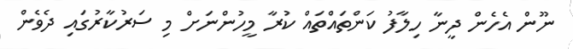
ނޫން އެހެން ދީނާ ހިލާފު ކަންތައްތައް ކުރާ މީހުންނަށް މި ސަރުކާރުގައި ދެވެން